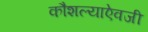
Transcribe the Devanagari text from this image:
कौशल्याऐवजी